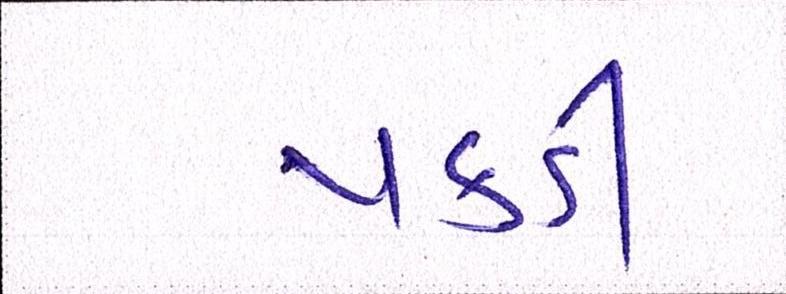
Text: પકડી